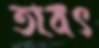
তাবৎ